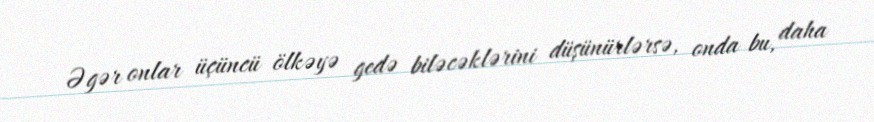
Əgər onlar üçüncü ölkəyə gedə biləcəklərini düşünürlərsə, onda bu, daha